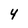
Character: 4